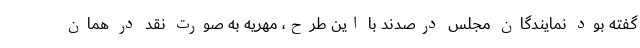
گفته بود نمایندگان مجلس درصدند با این طرح، مهریه به صورت نقد در همان